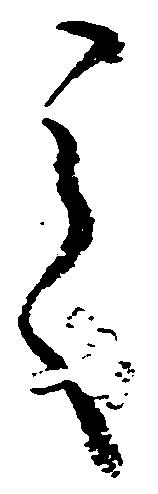
之